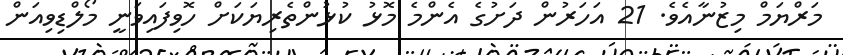
މަރްޔަމް މިޒުނާއެވެ. 21 އަހަރުން ދަށުގެ އެންމެ މޮޅު ކުޅުންތެރިޔަކަށް ހޮވިފައިވަނީ މޯލްޑިވިއަން